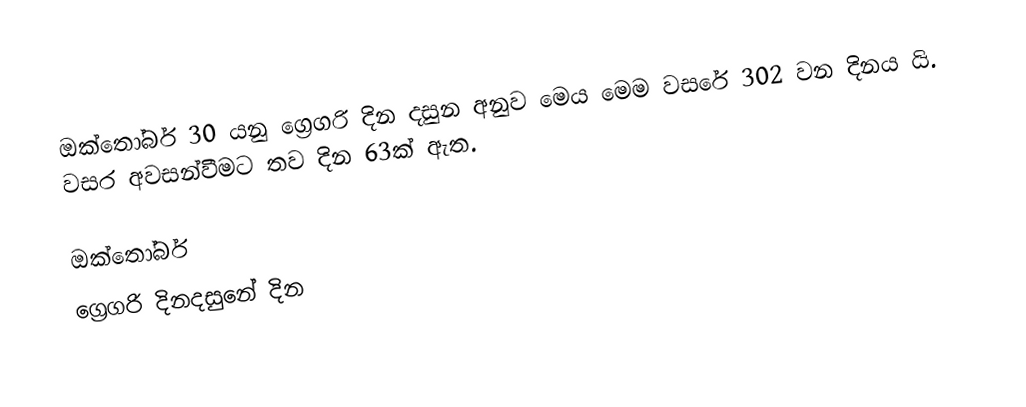
ඔක්තෝබර් 30 යනු ග්‍රෙගරි දින දසුන අනුව මෙය මෙම වසරේ 302 වන දිනය යි. වසර අවසන්වීමට තව දින 63ක් ඇත.

ඔක්තෝබර්
ග්‍රෙගරි දිනදසුනේ දින